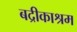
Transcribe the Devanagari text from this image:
बद्रीकाश्रम